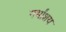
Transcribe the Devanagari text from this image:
गर्भांशय